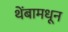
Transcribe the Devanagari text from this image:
थेंबामधून